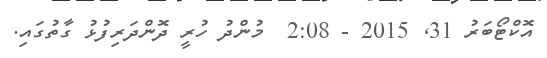
އޮކްޓޯބަރު 31